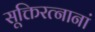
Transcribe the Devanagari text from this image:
सूक्तिरत्नानां